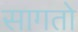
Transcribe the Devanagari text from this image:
सागतो